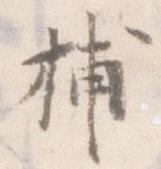
捕